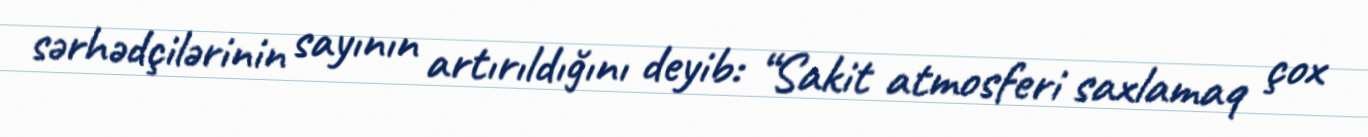
sərhədçilərinin sayının artırıldığını deyib: “Sakit atmosferi saxlamaq çox